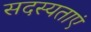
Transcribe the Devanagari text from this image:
सदस्यताएं